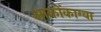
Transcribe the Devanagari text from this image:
आकोंकाग्वा